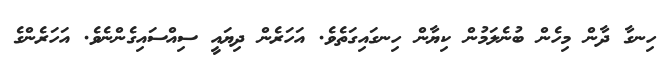
ހިނގާ ދާން މިހެން ބުނެލަމުން ކިޔާން ހިނގައިގަތެވެ. އަހަރެން ދިޔައީ ސިއްސައިގެންނެވެ. އަހަރެންގެ